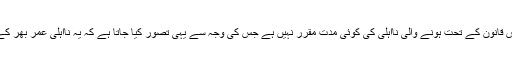
آئین میں اس قانون کے تحت ہونے والی نااہلی کی کوئی مدت مقرر نہیں ہے جس کی وجہ سے یہی تصور کیا جاتا ہے کہ یہ نااہلی عمر بھر کے لیے ہے۔